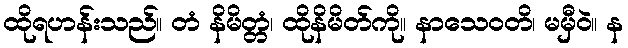
ထိုရဟန်းသည်။ တံ နိမိတ္တံ၊ ထိုနိမိတ်ကို။ နာသေဝတိ၊ မမှီဝဲ။ န